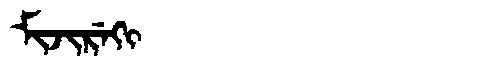
Manchu: ᠮᡳᠵᡳᡵᡝᡴᡳ
Romanization: MIJIREKI